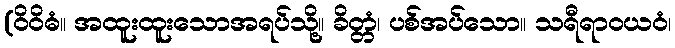
(ဝိဝိဓံ။ အထူးထူးသောအရပ်သို့။ ခိတ္တံ၊ ပစ်အပ်သော။ သရီရာဝယဝံ၊